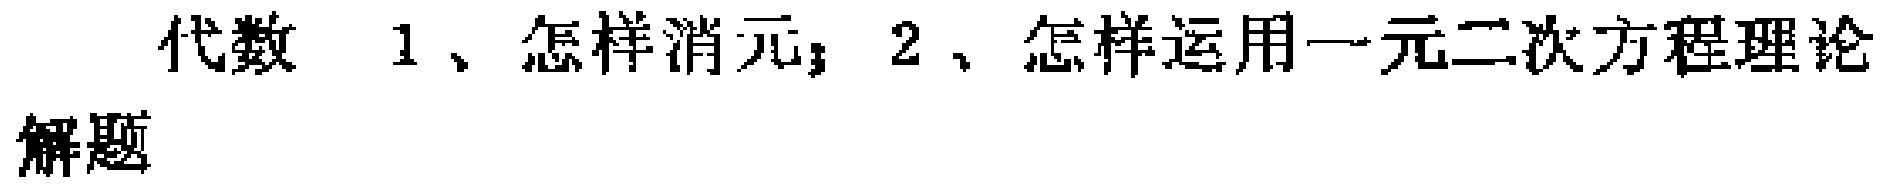
代数 1、怎样消元；2、怎样运用一元二次方程理论
解题